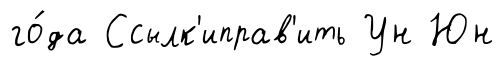
го́да Ссылк'иправ'ить Ун Юн